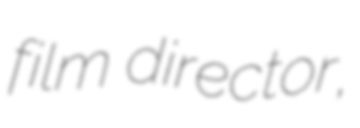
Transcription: film director,